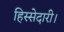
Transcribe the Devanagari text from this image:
हिस्सेदारी।